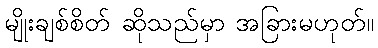
မျိုးချစ်စိတ် ဆိုသည်မှာ အခြားမဟုတ်။